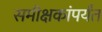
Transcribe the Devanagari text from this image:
समीक्षकांपर्यंत